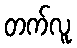
တက်လူ